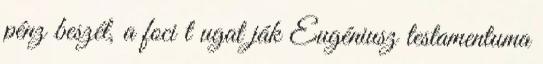
pénz beszél, a foci t ugat ják Eugéniusz testamentuma